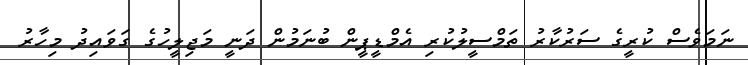
ނަމަވެސް ކުރީގެ ސަރުކާރު ތަމްސީލުކުރި އެމްޑީޕީން ބުނަމުން ދަނީ މަޖިލީހުގެ ގަވައިދު މިހާރު